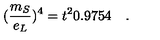
( \frac { m _ { S } } { e _ { L } } ) ^ { 4 } = t ^ { 2 } 0 . 9 7 5 4 \quad .